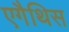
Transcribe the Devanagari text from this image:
एगैथिस